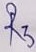
Text: R3